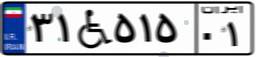
۴۳W۶۴۹۲۵